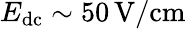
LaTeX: E_{\mathrm{dc}}\sim 50\, \mathrm{V/cm}